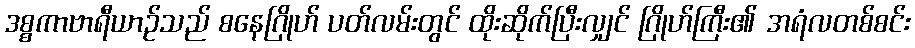
ဒစ္စကာဗာရီယာဉ်သည် စနေဂြိုဟ် ပတ်လမ်းတွင် ထိုးဆိုက်ပြီးလျှင် ဂြိုဟ်ကြီး၏ အရံလတစ်စင်း